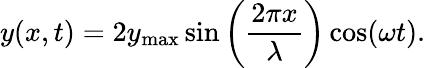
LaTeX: y(x,t)=2y_{\mathrm{max}}\sin\left({\frac{2\pi x}{\lambda}}\right)\cos(\omega t).